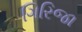
ગિરિજા